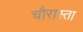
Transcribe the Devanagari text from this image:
चौरास्ता